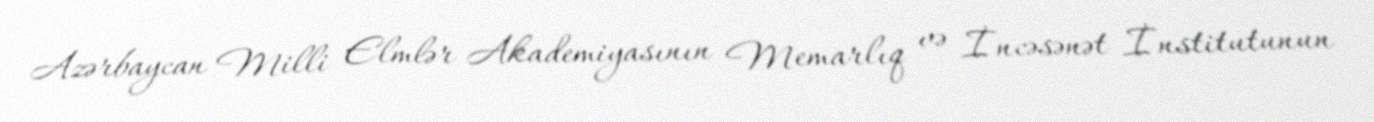
Azərbaycan Milli Elmlər Akademiyasının Memarlıq və İncəsənət İnstitutunun